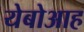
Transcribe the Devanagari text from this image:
येबोआह